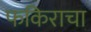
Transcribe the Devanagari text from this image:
फकिराचा